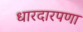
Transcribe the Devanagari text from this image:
धारदारपणा